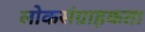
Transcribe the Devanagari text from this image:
लोकसंग्राहकता